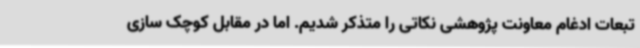
تبعات ادغام معاونت پژوهشی نکاتی را متذکر شدیم. اما در مقابل کوچک سازی